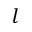
l